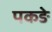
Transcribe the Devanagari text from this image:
पकङे